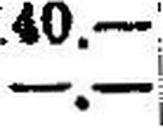
—.—